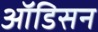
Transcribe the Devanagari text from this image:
ऑडिसन